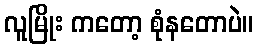
လူမြိုး ကတော့ စုံနတောပဲ။